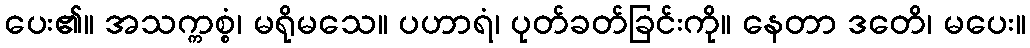
ပေး၏။ အသက္ကစ္စံ၊ မရိုမသေ။ ပဟာရံ၊ ပုတ်ခတ်ခြင်းကို။ နေတာ ဒတေိ၊ မပေး။